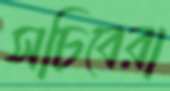
সচিবেরা